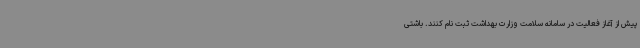
پیش از آغاز فعالیت در سامانه سلامت وزارت بهداشت ثبت نام کنند. باشتی